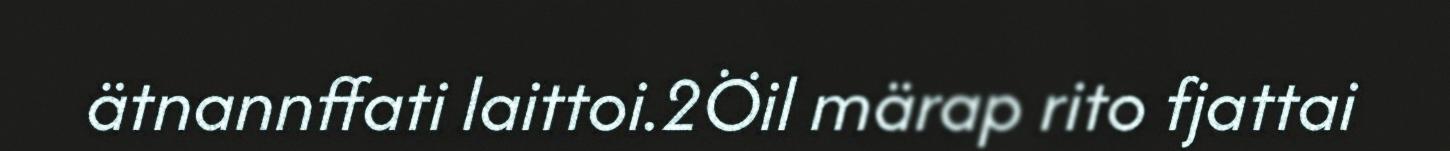
ätnannffati laittoi.2Öil märap rito fjattai